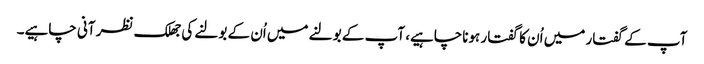
آپ کے گفتار میں اُن کا گفتار ہوناچاہیے، آپ کے بولنے میں اُن کے بولنے کی جھلک نظر آنی چاہیے۔